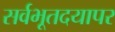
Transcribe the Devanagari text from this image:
सर्वभूतदयापर